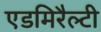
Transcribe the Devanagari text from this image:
एडमिरैल्टी